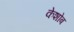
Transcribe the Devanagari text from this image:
केशोब